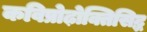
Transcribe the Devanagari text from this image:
कविप्रोढ़ोक्तिसिद्ध